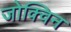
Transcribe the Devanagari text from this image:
जोक्विन